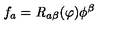
f _ { a } = { \it R } _ { a \beta } ( \varphi ) \phi ^ { \beta }